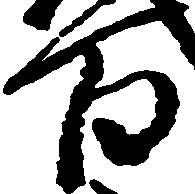
百